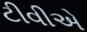
ટીવીએ